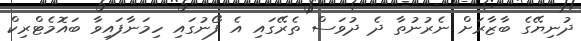
ދުނިޔޭގެ ބާޒާރަށް ނެރުނުތާ ދެ ދުވަސް ތެރޭގައި އެ ފޯނުގައި ހިމަނާފައިވާ ބައޮމެޓްރިކް